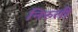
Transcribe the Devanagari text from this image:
निरुती